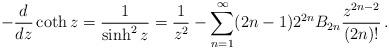
LaTeX: \begin{align*}-\frac{d}{dz} \coth z = \frac{1}{\sinh^2 z} = \frac{1}{z^2} - \sum_{n=1}^\infty (2n-1) 2^{2n} B_{2n} \frac{z^{2n-2}}{(2n)!}\,.\end{align*}